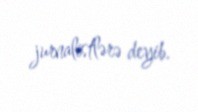
jurnalistlərə deyib.